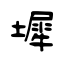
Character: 墀